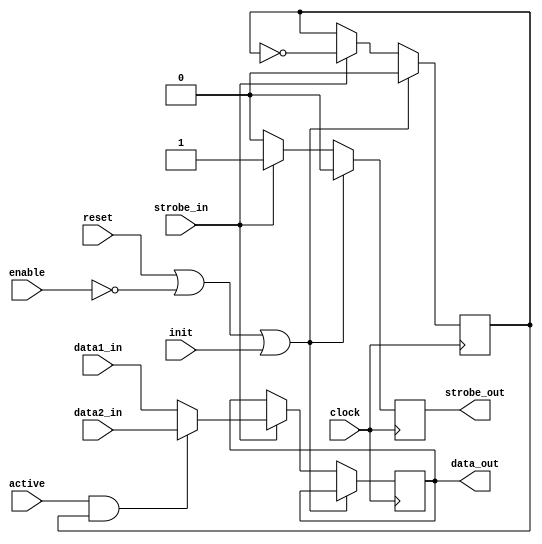
// -*- verilog -*-
//
//  USRP - Universal Software Radio Peripheral
//
//  Copyright (C) 2010 John Brzustowski
//
//  This program is free software; you can redistribute it and/or modify
//  it under the terms of the GNU General Public License as published by
//  the Free Software Foundation; either version 2 of the License, or
//  (at your option) any later version.
//
//  This program is distributed in the hope that it will be useful,
//  but WITHOUT ANY WARRANTY; without even the implied warranty of
//  MERCHANTABILITY or FITNESS FOR A PARTICULAR PURPOSE.  See the
//  GNU General Public License for more details.
//
//  You should have received a copy of the GNU General Public License
//  along with this program; if not, write to the Free Software
//  Foundation, Inc., 51 Franklin Street, Boston, MA  02110-1301  USA
//

// interleave two data sources, if active; if inactive, just copy first data source
// delay: one clock.

module interleave
  (clock,reset,enable,init,data1_in,data2_in,strobe_in,active,data_out,strobe_out);

   parameter data_width = 16;
   
   input clock;
   input reset;
   input enable;
   input init;
   input [data_width-1:0] data1_in;
   input [data_width-1:0] data2_in;
   input 		  strobe_in;
   input 		  active;

   output reg [data_width-1:0] data_out;
   output reg 		       strobe_out;
      
   reg 			       toggle;
   
   always @(posedge clock)
     if(reset | ~enable | init)
       begin
	  toggle <= #1 0;
	  strobe_out <= #1 0;
       end
     else if (strobe_in)
       begin
	  data_out = #1 (active & toggle) ? data2_in : data1_in;
	  toggle = #1 ~toggle;
	  strobe_out <= #1 1;
       end
     else
       strobe_out <= #1 0;
   
endmodule // interleave